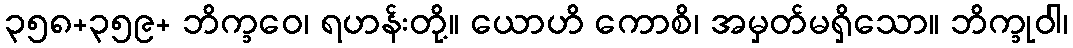
၃၅၈+၃၅၉+ ဘိက္ခဝေ၊ ရဟန်းတို့။ ယောဟိ ကောစိ၊ အမှတ်မရှိသော။ ဘိက္ခုဝါ၊